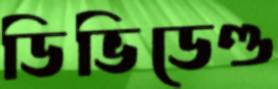
ডিভিডেণ্ড